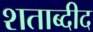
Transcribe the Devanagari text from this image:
शताब्दीद